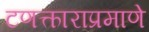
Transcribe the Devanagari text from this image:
टणत्काराप्रमाणे